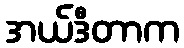
အယ်ဒီတာက